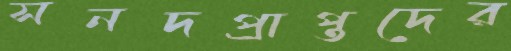
সনদপ্রাপ্তদের